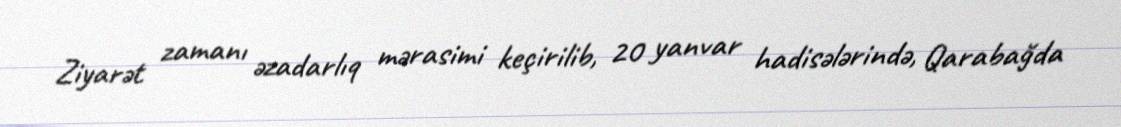
Ziyarət zamanı əzadarlıq mərasimi keçirilib, 20 yanvar hadisələrində, Qarabağda